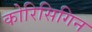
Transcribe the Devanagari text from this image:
कोरिसिगिन